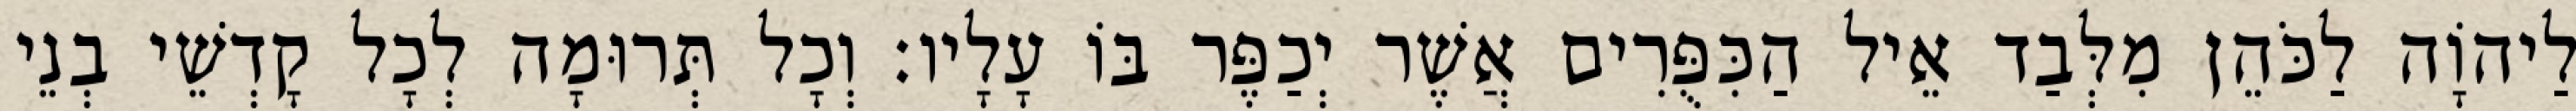
לַיהוָֹה לַכֹּהֵן מִלְּבַד אֵיל הַכִּפֻּרִים אֲשֶׁר יְכַפֶּר בּוֹ עָלָיו׃ וְכָל תְּרוּמָה לְכָל קָדְשֵׁי בְנֵי